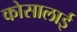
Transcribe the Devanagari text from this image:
कोसालाई